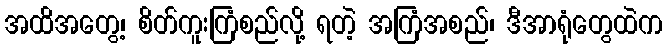
အထိအတွေ့၊ စိတ်ကူးကြံစည်လို့ ရတဲ့ အကြံအစည်၊ ဒီအာရုံတွေထဲက